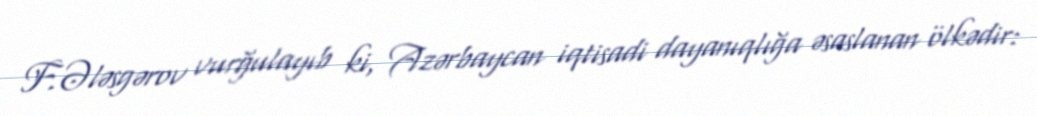
F.Ələsgərov vurğulayıb ki, Azərbaycan iqtisadi dayanıqlığa əsaslanan ölkədir: